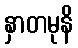
နှာတမုနိ